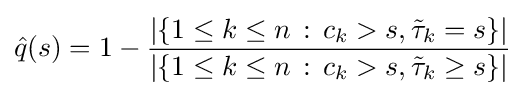
{\hat {q}}(s)=1-{\frac {|\{1\leq k\leq n\,:\,c_{k}>s,{\tilde {\tau }}_{k}=s\}|}{|\{1\leq k\leq n\,:\,c_{k}>s,{\tilde {\tau }}_{k}\geq s\}|}}